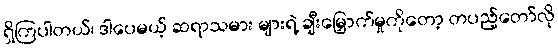
ရှိကြပါတယ်၊ ဒါပေမယ့် ဆရာသမား များရဲ့ ချီးမြှောက်မှုကိုတော့ တပည့်တော်လို